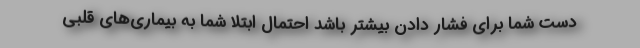
دست شما برای فشار دادن بیشتر باشد احتمال ابتلا شما به بیماری‌های قلبی